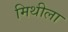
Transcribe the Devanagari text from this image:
मिथीला